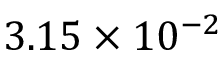
3 . 1 5 \times 1 0 ^ { - 2 }